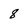
Character: 8